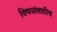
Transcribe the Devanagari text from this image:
विषयांसाठीच